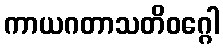
ကာယဂတာသတိဝဂ္ဂေါ